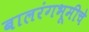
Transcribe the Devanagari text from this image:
बालरंगभूमीचे